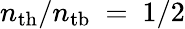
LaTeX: n_{\mathrm{th}}/n_{\mathrm{tb}}~=~1/2